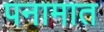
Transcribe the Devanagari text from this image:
पनामात